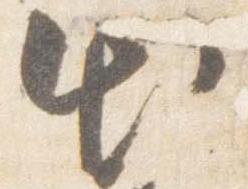
出